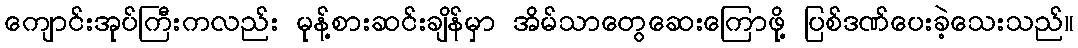
ကျောင်းအုပ်ကြီးကလည်း မုန့်စားဆင်းချိန်မှာ အိမ်သာတွေဆေးကြောဖို့ ပြစ်ဒဏ်ပေးခဲ့သေးသည်။